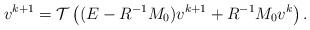
LaTeX: \begin{align*}v^{k+1}={\cal T}\left((E-R^{-1}M_0)v^{k+1}+R^{-1}M_0 v^{k}\right).\end{align*}